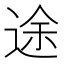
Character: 途